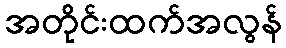
အတိုင်းထက်အလွန်